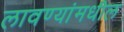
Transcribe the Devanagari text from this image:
लावण्यांमधील